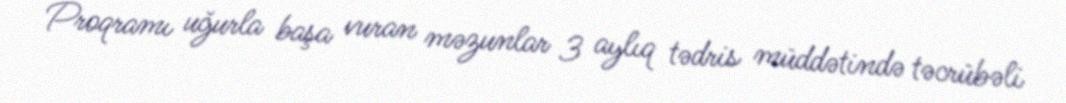
Proqramı uğurla başa vuran məzunlar 3 aylıq tədris müddətində təcrübəli